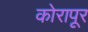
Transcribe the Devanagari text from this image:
कोरापूर